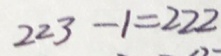
2 2 3 - 1 = 2 2 2